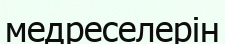
медреселерін